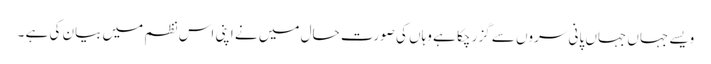
ویسے جہاں جہاں پانی سروں سے گزر چکا ہے وہاں کی صورت حال میں نے اپنی اس نظم میں بیان کی ہے ۔